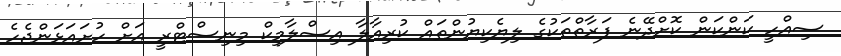
ސިއްހީ ކަންކަން ކޮށްދޭނެ ފަރާތްތަކުގެ ލިޔެކިޔުންތައް ކުރިއާލާ އިސްލާމިކް މިނިސްޓްރީ އަށް ހުށައަޅަންޖެހެ